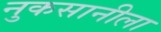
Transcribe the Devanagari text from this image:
नुकसानीला